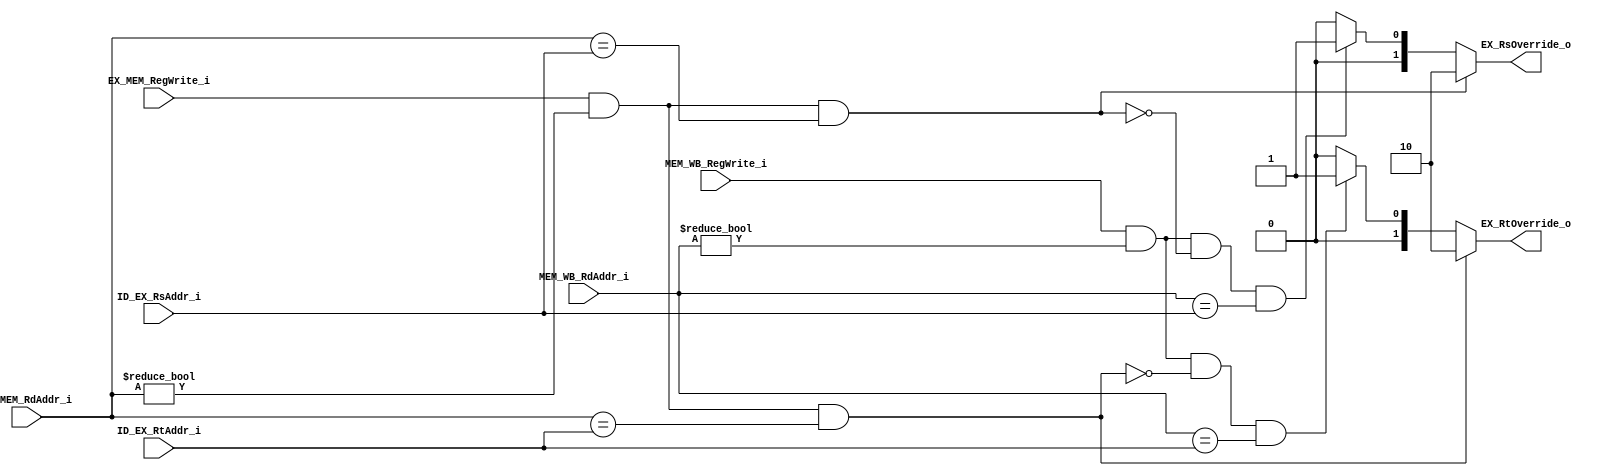
module Forwarding_Unit(
    ID_EX_RsAddr_i,
    ID_EX_RtAddr_i,
    EX_MEM_RegWrite_i,
    EX_MEM_RdAddr_i,
    MEM_WB_RegWrite_i,
    MEM_WB_RdAddr_i,
    EX_RsOverride_o,
    EX_RtOverride_o
);

//ports

input [4:0] ID_EX_RsAddr_i;
input [4:0] ID_EX_RtAddr_i;
input  EX_MEM_RegWrite_i;
input [4:0] EX_MEM_RdAddr_i;
input  MEM_WB_RegWrite_i;
input [4:0] MEM_WB_RdAddr_i;
output [1:0] EX_RsOverride_o;
output [1:0] EX_RtOverride_o;

assign EX_RsOverride_o = (EX_MEM_RegWrite_i && (EX_MEM_RdAddr_i != 0) && (EX_MEM_RdAddr_i == ID_EX_RsAddr_i)) ? 2'b10 :
	                    (MEM_WB_RegWrite_i && MEM_WB_RdAddr_i != 0 && !(EX_MEM_RegWrite_i && (EX_MEM_RdAddr_i != 0) && (EX_MEM_RdAddr_i == ID_EX_RsAddr_i)) && (MEM_WB_RdAddr_i == ID_EX_RsAddr_i)) ? 2'b01 :
						2'b00;


assign EX_RtOverride_o = (EX_MEM_RegWrite_i && (EX_MEM_RdAddr_i != 0) && (EX_MEM_RdAddr_i == ID_EX_RtAddr_i)) ? 2'b10 :
						(MEM_WB_RegWrite_i && MEM_WB_RdAddr_i != 0 && !(EX_MEM_RegWrite_i && (EX_MEM_RdAddr_i != 0) && (EX_MEM_RdAddr_i == ID_EX_RtAddr_i)) && (MEM_WB_RdAddr_i == ID_EX_RtAddr_i)) ? 2'b01 :
						2'b00;


endmodule